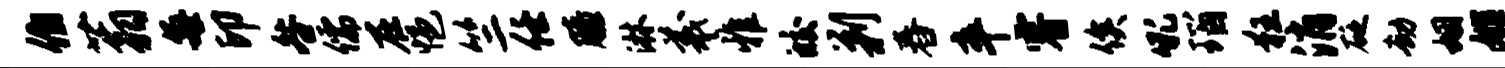
伯蓊每印咎儒在悒竺任膝淋羲雅皎剿舂卒睿俟吼瑙狂消砭劫姻姬